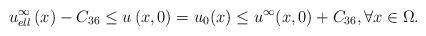
LaTeX: \begin{align*}u_{ell}^\infty \left( x \right) - C_{36} \le u \left( {x,0} \right) = u_0 ( x ) \le u^\infty ( x,0) + C_{36}, \forall x\in \Omega.\end{align*}